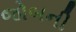
જોબની